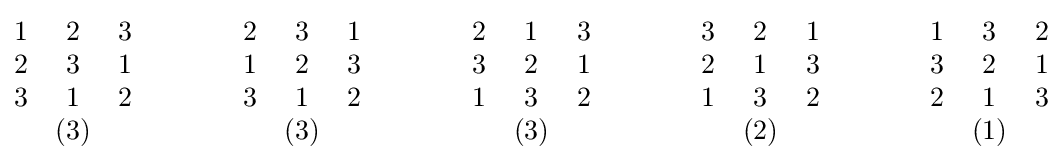
{\begin{matrix}1&2&3\\2&3&1\\3&1&2\\&(3)&\end{matrix}}\qquad \qquad {\begin{matrix}2&3&1\\1&2&3\\3&1&2\\&(3)&\end{matrix}}\qquad \qquad {\begin{matrix}2&1&3\\3&2&1\\1&3&2\\&(3)\end{matrix}}\qquad \qquad {\begin{matrix}3&2&1\\2&1&3\\1&3&2\\&(2)&\end{matrix}}\qquad \qquad {\begin{matrix}1&3&2\\3&2&1\\2&1&3\\&(1)&\end{matrix}}